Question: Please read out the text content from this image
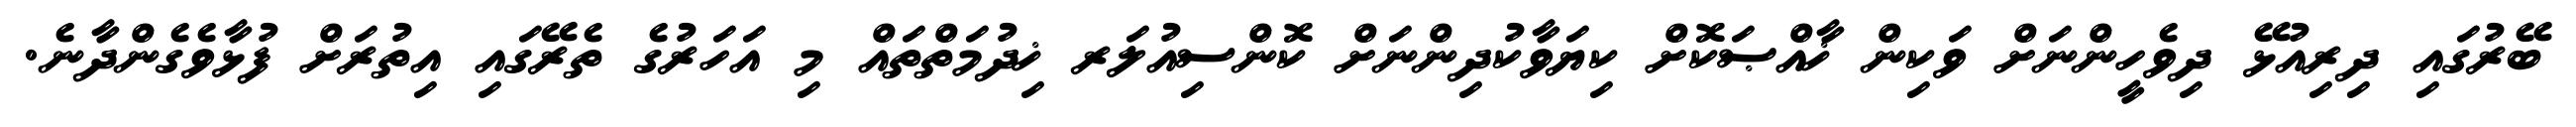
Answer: ބޭރުގައި ދިރިއުޅޭ ދިވެހީންނަށް ވަކިން ޚާއްޞަކޮށް ކިޔަވާކުދިންނަށް ކޮންސިއުލަރ ޚިދުމަތްތައް މި އަހަރުގެ ތެރޭގައި އިތުރަށް ފުޅާވެގެންދާނެ.